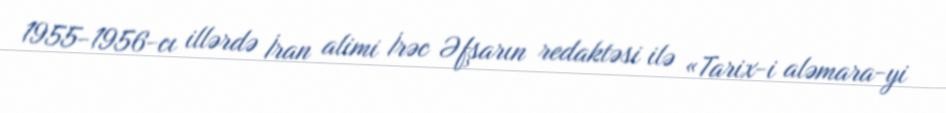
1955-1956-cı illərdə İran alimi İrəc Əfşarın redaktəsi ilə «Tarix-i aləmara-yi